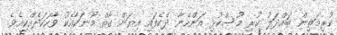
ކުރިމަތިން ބައްދަލު ކުރި މުސްކުޅި އަންހެނާ ދެކެފައި އިޔަން ގާތް މޫނަކާއެކު ވާހަކަދެއްކިއެވެ.